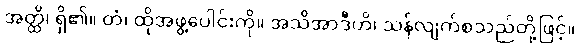
အတ္ထိ၊ ရှိ၏။ တံ၊ ထိုအဖွဲ့ပေါင်းကို။ အသိအာဒီဟိ၊ သန်လျက်စသည်တို့ဖြင့်။